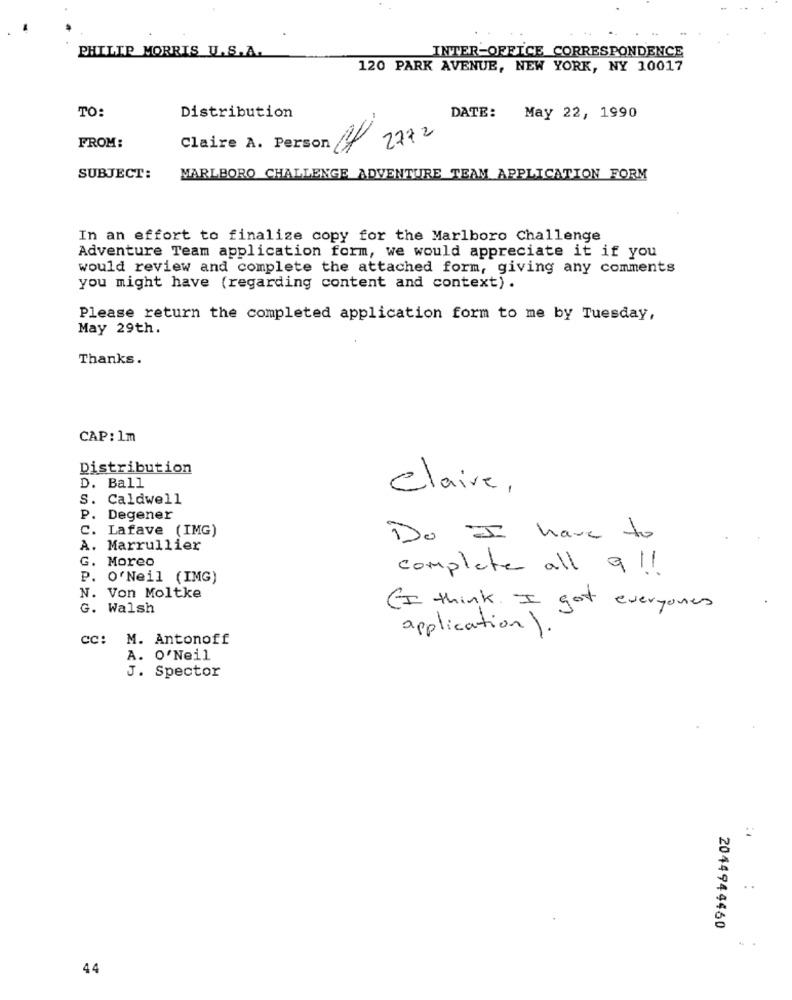
PHILIP MORRIS U.S.A.
INTER-OFFICE CORRESPONDENCE
120 PARK AVENUE, NEW YORK, NY 10017
TO:
Distribution
DATE: May 22, 1990
2772
FROM:
Claire A. Person
SUBJECT:
MARLBORO CHALLENGE ADVENTURE TEAM APPLICATION FORM
In an effort to finalize copy for the Marlboro Challenge
Adventure Team application form, we would appreciate it if you
would review and complete the attached form, giving any comments
you might have (regarding content and context) .
Please return the completed application form to me by Tuesday,
May 29th.
Thanks.
CAP: 1m
Distribution
D. Ball
Claire,
S. Caldwell
P. Degener
C. Lafave (IMG)
Do I have to
A. Marrullier
G. Moreo
complete all a !!
P. O'Neil (IMG)
N. Von Moltke
G. Walsh
(I think. I got everyones
application ).
Cc: M. Antonoff
A. O'Neil
J. Spector
..
2044944460
44